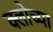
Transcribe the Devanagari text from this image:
क्लोच्या